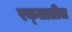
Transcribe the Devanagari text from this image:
रक्‍तातील